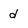
Character: d